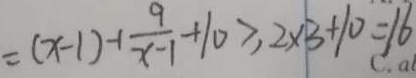
= ( x - 1 ) - 1 \frac { 9 } { x - 1 } + 1 0 \geq 2 \times 3 + 1 0 = 1 6